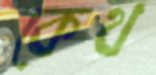
কেথ